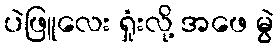
ပဲဖြူလေး ရှုံးလို့ အဖေ မွဲ